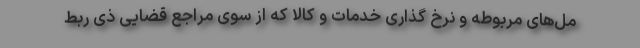
مل‌های مربوطه و نرخ گذاری خدمات و کالا که از سوی مراجع قضایی ذی ربط